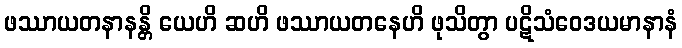
ဖဿာယတနာနန္တိ ယေဟိ ဆဟိ ဖဿာယတနေဟိ ဖုသိတွာ ပဋိသံဝေဒယမာနာနံ